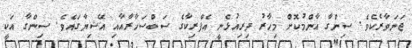
ޖަނަވާރެކެވެ. ސިންގާ އާންމުކޮށް މިހާރު ދިރިއުޅެނީ އެފްރިކާގެ ސަބްސަހާރާއާއި އޭޝިޔާގައެވެ. ސިންގާ އަކީ